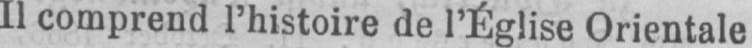
Il comprend l’histoire de l’Église Orientale